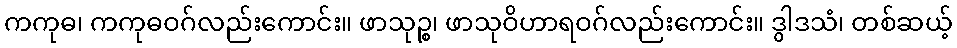
ကကုဓ၊ ကကုဓဝဂ်လည်းကောင်း။ ဖာသုဉ္စ၊ ဖာသုဝိဟာရဝဂ်လည်းကောင်း။ ဒွါဒသံ၊ တစ်ဆယ့်